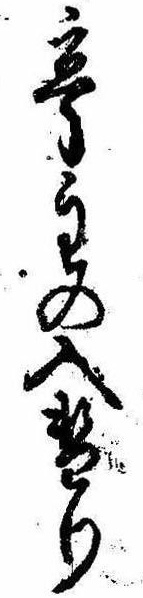
亭主の入替り